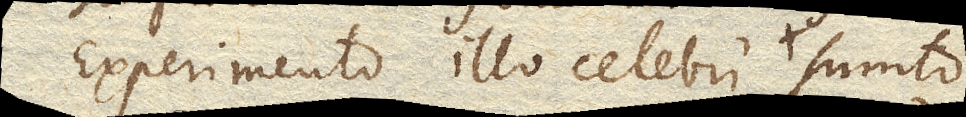
Experimento illo celebri, sumto